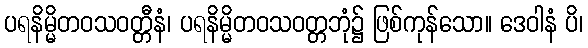
ပရနိမ္မိတဝသဝတ္တီနံ၊ ပရနိမ္မိတဝသဝတ္တဘုံ၌ ဖြစ်ကုန်သော။ ဒေဝါနံ ပိ၊